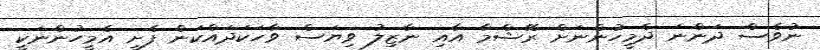
ނުވެސް ދަންނަ ދެމީހުންނަށް ރޭޝްމާ އާއި ނާޒިލު ވިޔަސް ވާހަކަދައްކަން ފެށީ އެމީހުންނަކީ